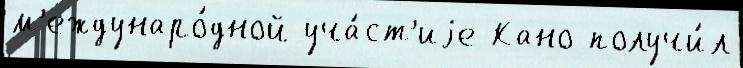
м'еждунаро́дной уча́ст'иjе Кано получи́л